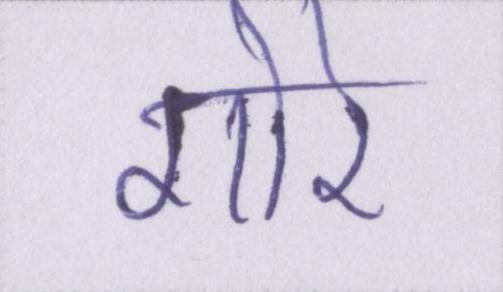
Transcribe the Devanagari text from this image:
गोरे